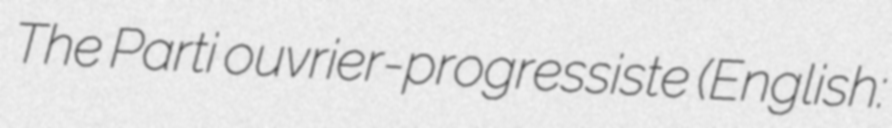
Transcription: The Parti ouvrier-progressiste (English: